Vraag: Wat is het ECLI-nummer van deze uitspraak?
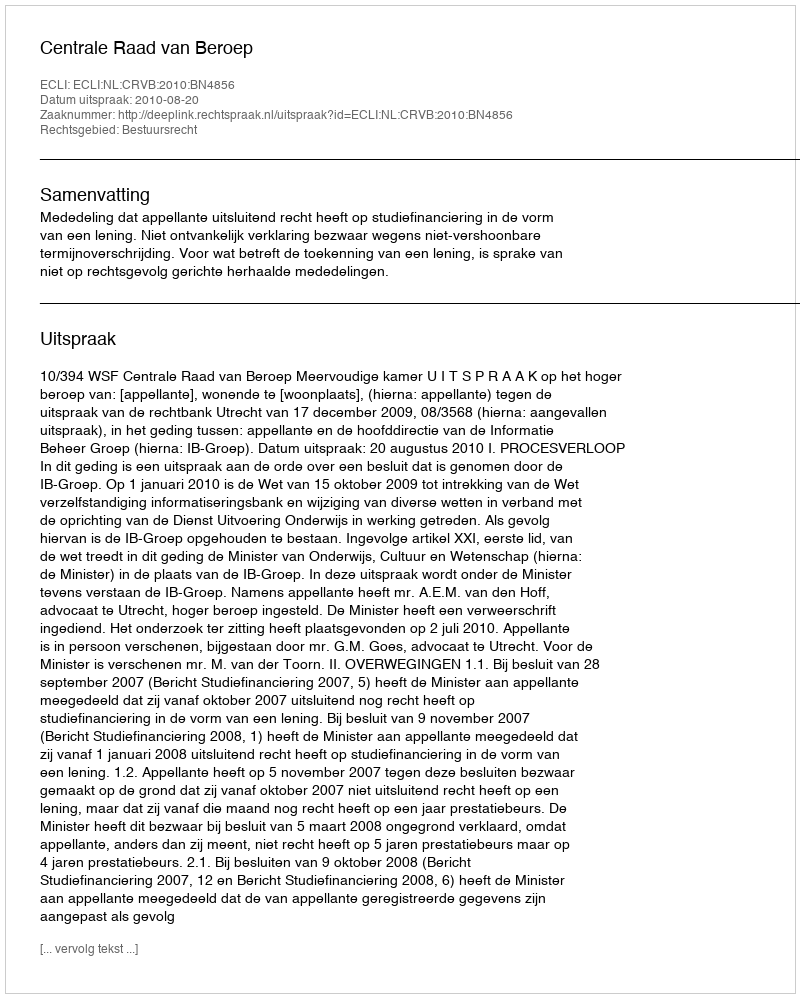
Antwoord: ECLI:NL:CRVB:2010:BN4856